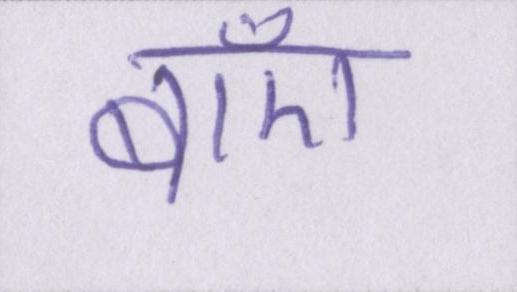
बाएँ